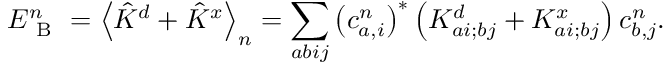
E _ { \mathrm { ~ B ~ } } ^ { n } = \left\langle \hat { K } ^ { d } + \hat { K } ^ { x } \right\rangle _ { n } = \sum _ { a b i j } \left( c _ { a , i } ^ { n } \right) ^ { * } \left( K _ { a i ; b j } ^ { d } + K _ { a i ; b j } ^ { x } \right) c _ { b , j } ^ { n } .